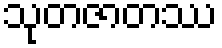
သုတဇာတဿ